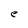
Character: e